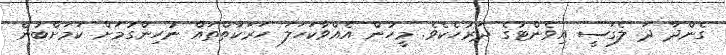
ގެންދާ ދަ ލެގަސީ އިވެންޓުގެ ދަރުހެކެވެ. މީހުން އެއްވާކަހަލަ ހަރަކާތްތައް ނުހިންގުމަށް ކަމަށްބުނެ